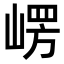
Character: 𭖴